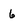
Character: 6